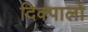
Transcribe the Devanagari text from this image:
दिक्पालों